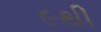
૯થી